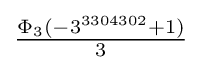
{\tfrac {\Phi _{3}(-3^{3304302}+1)}{3}}